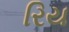
રિય